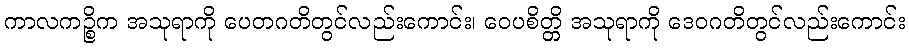
ကာလကဉ္စိက အသုရာကို ပေတဂတိတွင်လည်းကောင်း၊ ဝေပစိတ္တိ အသုရာကို ဒေဝဂတိတွင်လည်းကောင်း